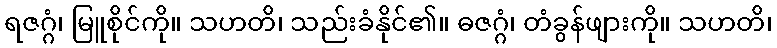
ရဇဂ္ဂံ၊ မြူစိုင်ကို။ သဟတိ၊ သည်းခံနိုင်၏။ ဓဇဂ္ဂံ၊ တံခွန်ဖျားကို။ သဟတိ၊